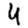
Digit: 4